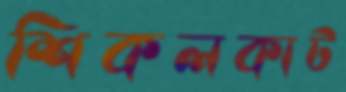
শিকলকাট